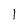
Character: l